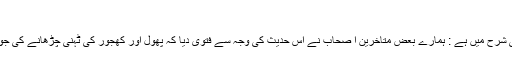
([3])
مِرقات میں اس حدیث کی شرح میں ہے : ہمارے بعض مُتاخرین ا صحاب نے اس حدیث کی وجہ سے فتویٰ دیا کہ پھول اور کھجور کی ٹہنی چڑھانے کی جو عادت ہے وہ سنّت ہے ۔